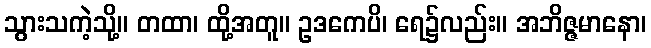
သွားသကဲ့သို့။ တထာ၊ ထို့အတူ။ ဥဒကေပိ၊ ရေ၌လည်း။ အဘိဇ္ဇမာနော၊